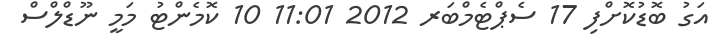
އަގު ބޮޑުކޮށްފި 17 ސެޕްޓެމްބަރ 2012 11:01 10 ކޮމެންޓު މަމީ ނޫޑްލްސް